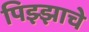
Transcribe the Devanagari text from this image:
पिझ्झाचे